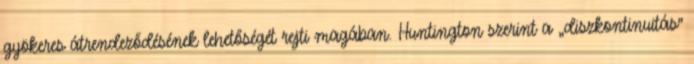
gyökeres átrendeződésének lehetőségét rejti magában. Huntington szerint a „diszkontinuitás”